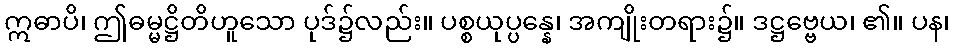
ဣဓာပိ၊ ဤဓမ္မဋ္ဌိတိဟူသော ပုဒ်၌လည်း။ ပစ္စယုပ္ပန္နေ၊ အကျိုးတရား၌။ ဒဋ္ဌဗ္ဗေယ၊ ၏။ ပန၊